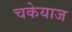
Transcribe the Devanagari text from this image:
चकेयाज